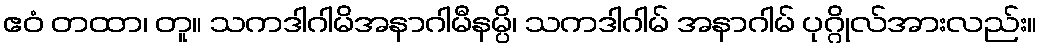
ဧဝံ တထာ၊ တူ။ သကဒါဂါမိအနာဂါမီနမ္ပိ၊ သကဒါဂါမ် အနာဂါမ် ပုဂ္ဂိုလ်အားလည်း။